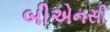
બીએનસી